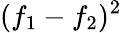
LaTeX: (f_{1}-f_{2})^{2}